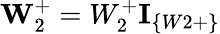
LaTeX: \textbf{W}_{2}^{+}=W_{2}^{+}\textbf{I}_{\{ W2+\} }